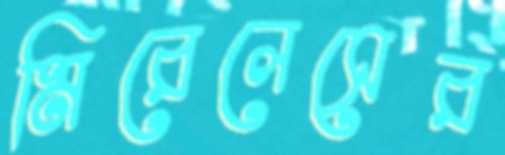
মিরেলেসের